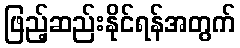
ဖြည့်ဆည်းနိုင်ရန်အတွက်